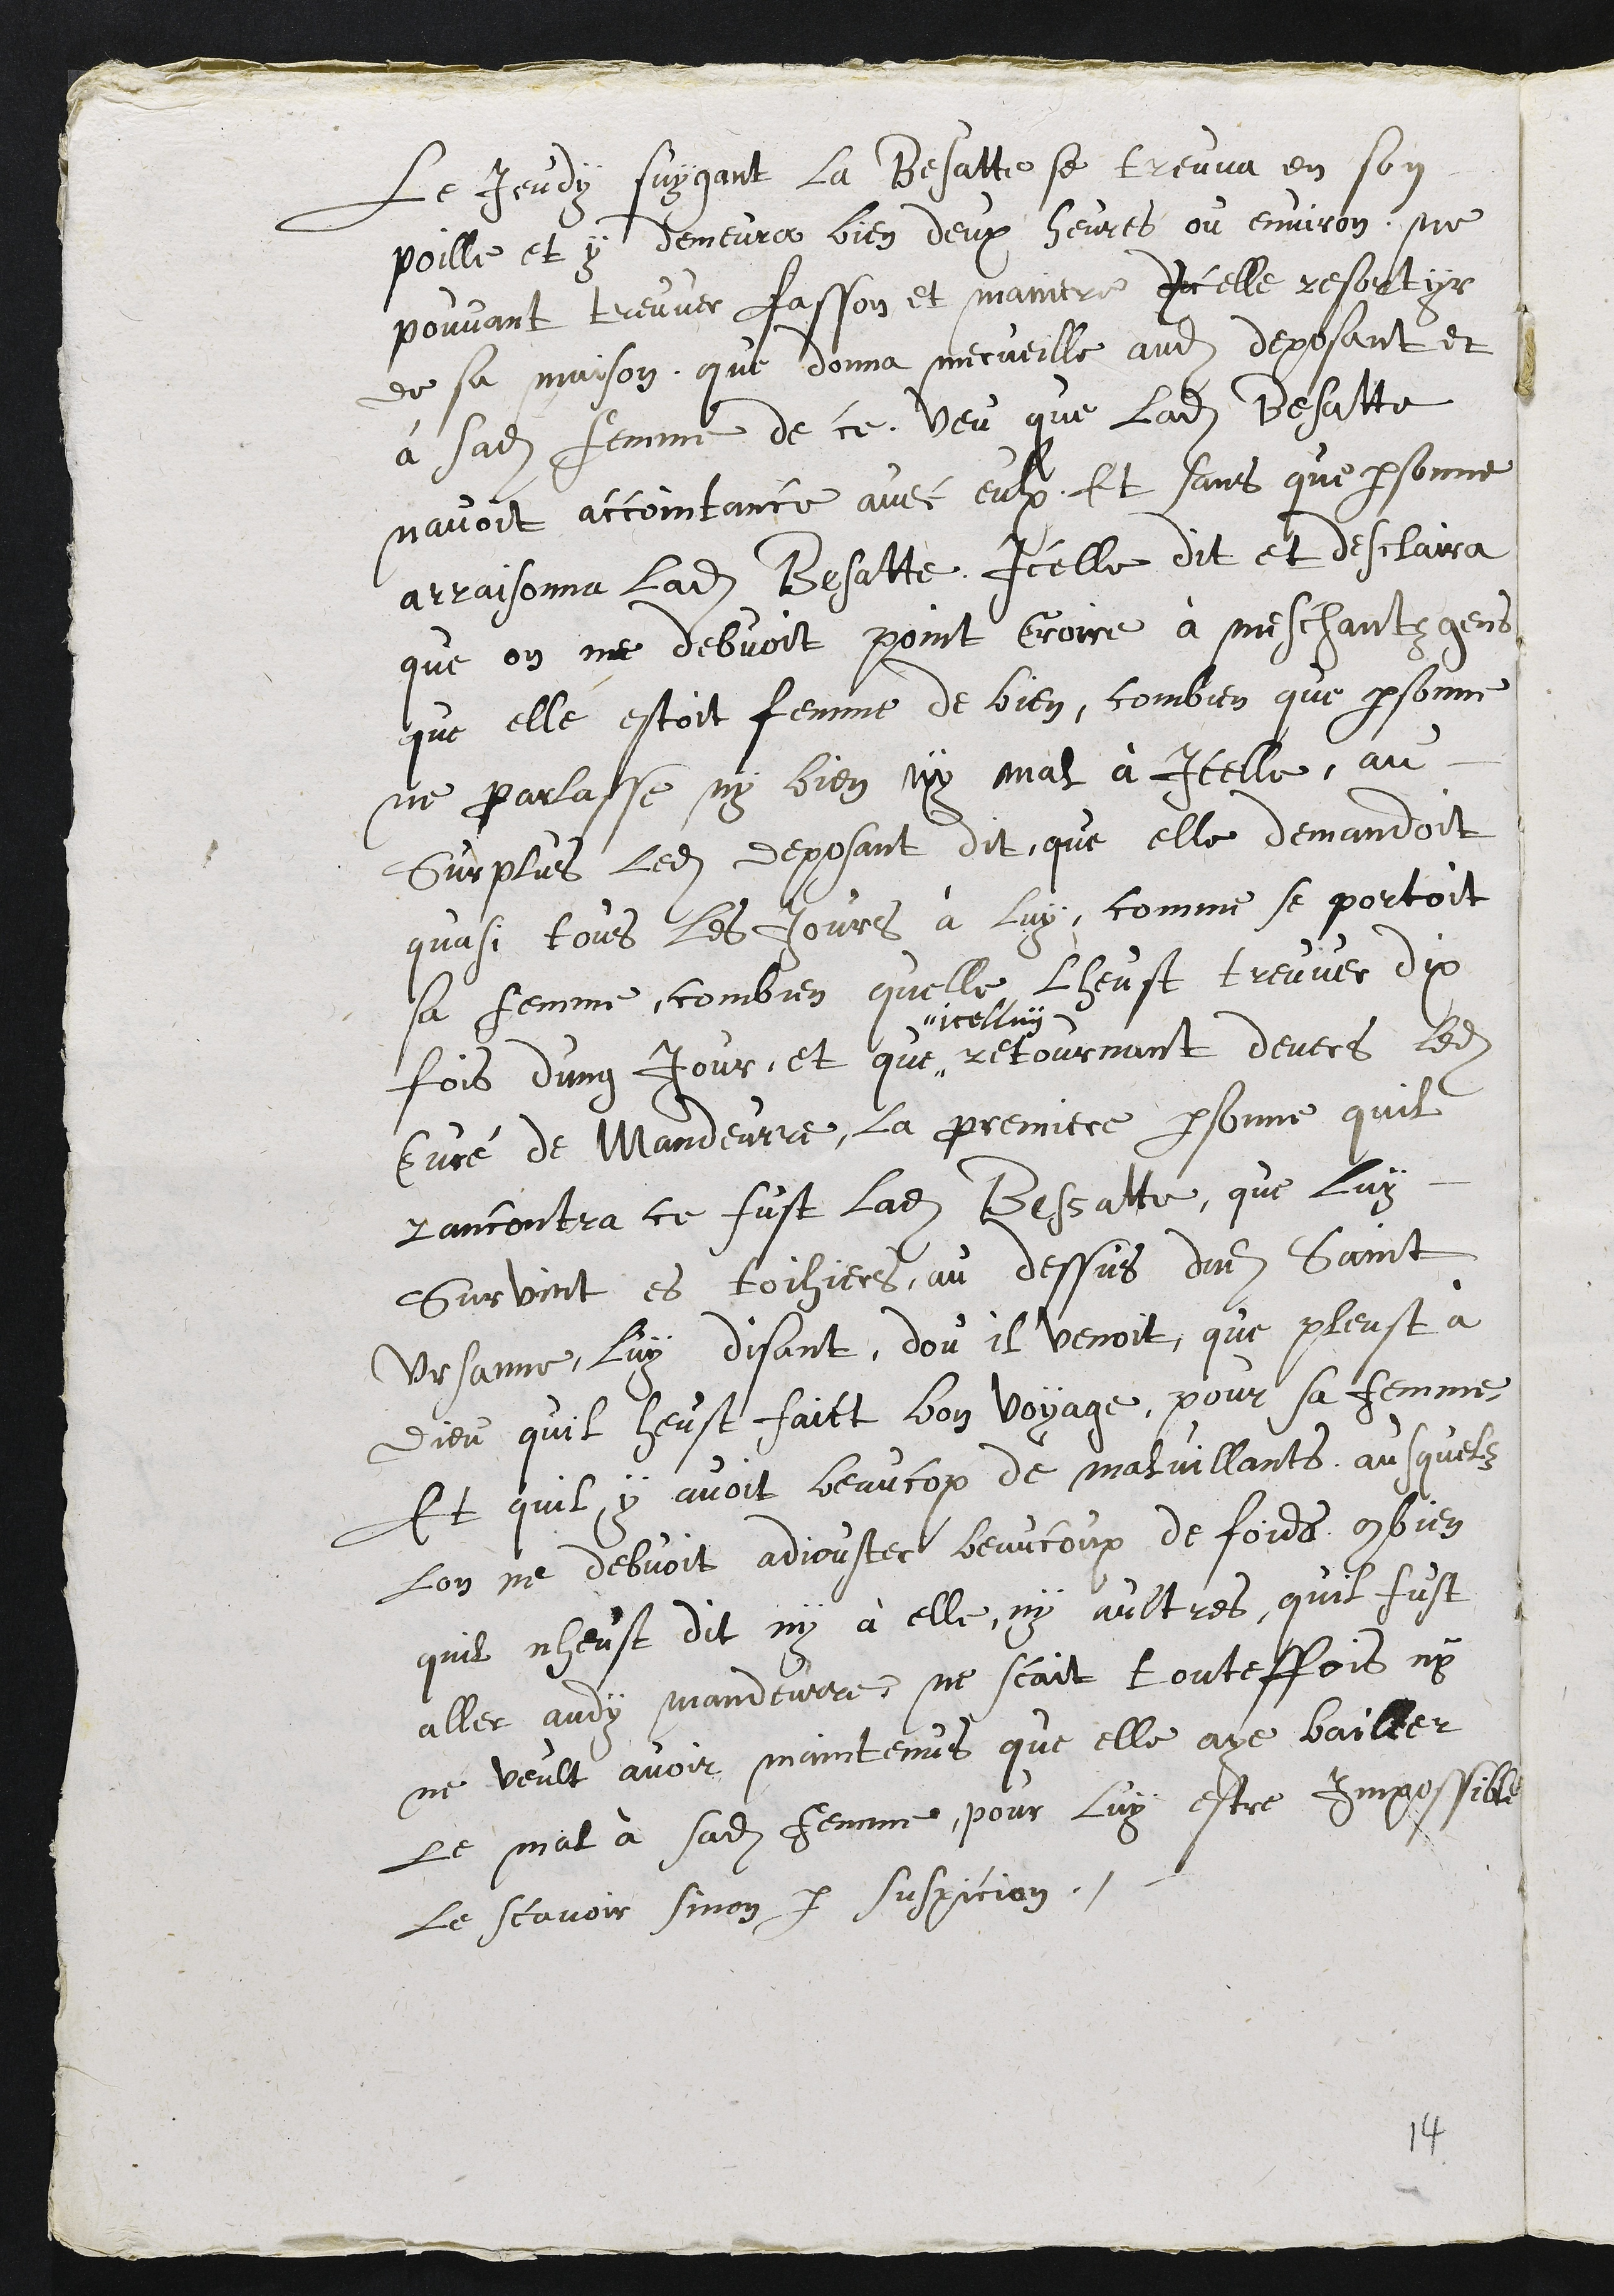
le jeudi suivant, la Bessatte se trouva en son
poillB et y demeura bien deux heures ou environ, ne
pouvant trouver façon et manière. Icelle ressortit
de sa maison, ce qui donna merveille audit déposant et
à sadite femme de ce, vu que ladite Bessatte
n'avait accain-tance avec eux. Et sans que personne
n'arraisonna ladite Bessatte, icelle déclara et dit
que l'on ne devait point croire aux méchantes gens,
qu'elle était femme de bien, bien que personne
ne parlât ni de bien, ni de mal à icelle. Au
surplus, ledit déposant dit qu'elle demandait
quasi tous les jours à lui commen't se portait
sa femme, combien qu'elle l'eût trouvé dix
fois d'un jour. Et que
icelluy
retournant devers ledit
curé de Mandeure, la première personne qu'il
rencontra ce fut ladite Bessatte qui lui
survint en Toihières, au-dessus dudit Saint-
Ursanne, lui disant d'au il venait, que plût à
Dieu qu'il eû-t fait bon voyage pour sa femme,
et qu'il y avait beaucoup de malveillants auxquels
l'on ne devait accorder beaucoup de foi, bien
qu'il n'eût dit ni à elle ni aux autres qu'il était
allé audit Mandeure, Ne sait toutefois, ni
ne veut avoir maintenu qu'elle ait baillé
le mal à sadite femme, pour lui être impossible
de le savoir, sinon par suspicion.